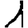
Digit: 1